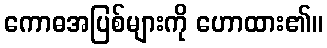
ကောဓအပြစ်များကို ဟောထား၏။